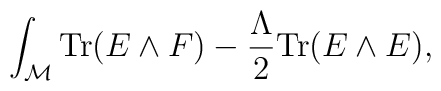
\int_{\cal M} {\rm Tr}(E\wedge F) - {\Lambda\over 2} {\rm Tr}(E\wedge E),